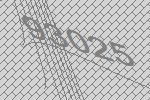
93025